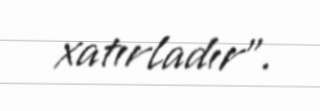
xatırladır".